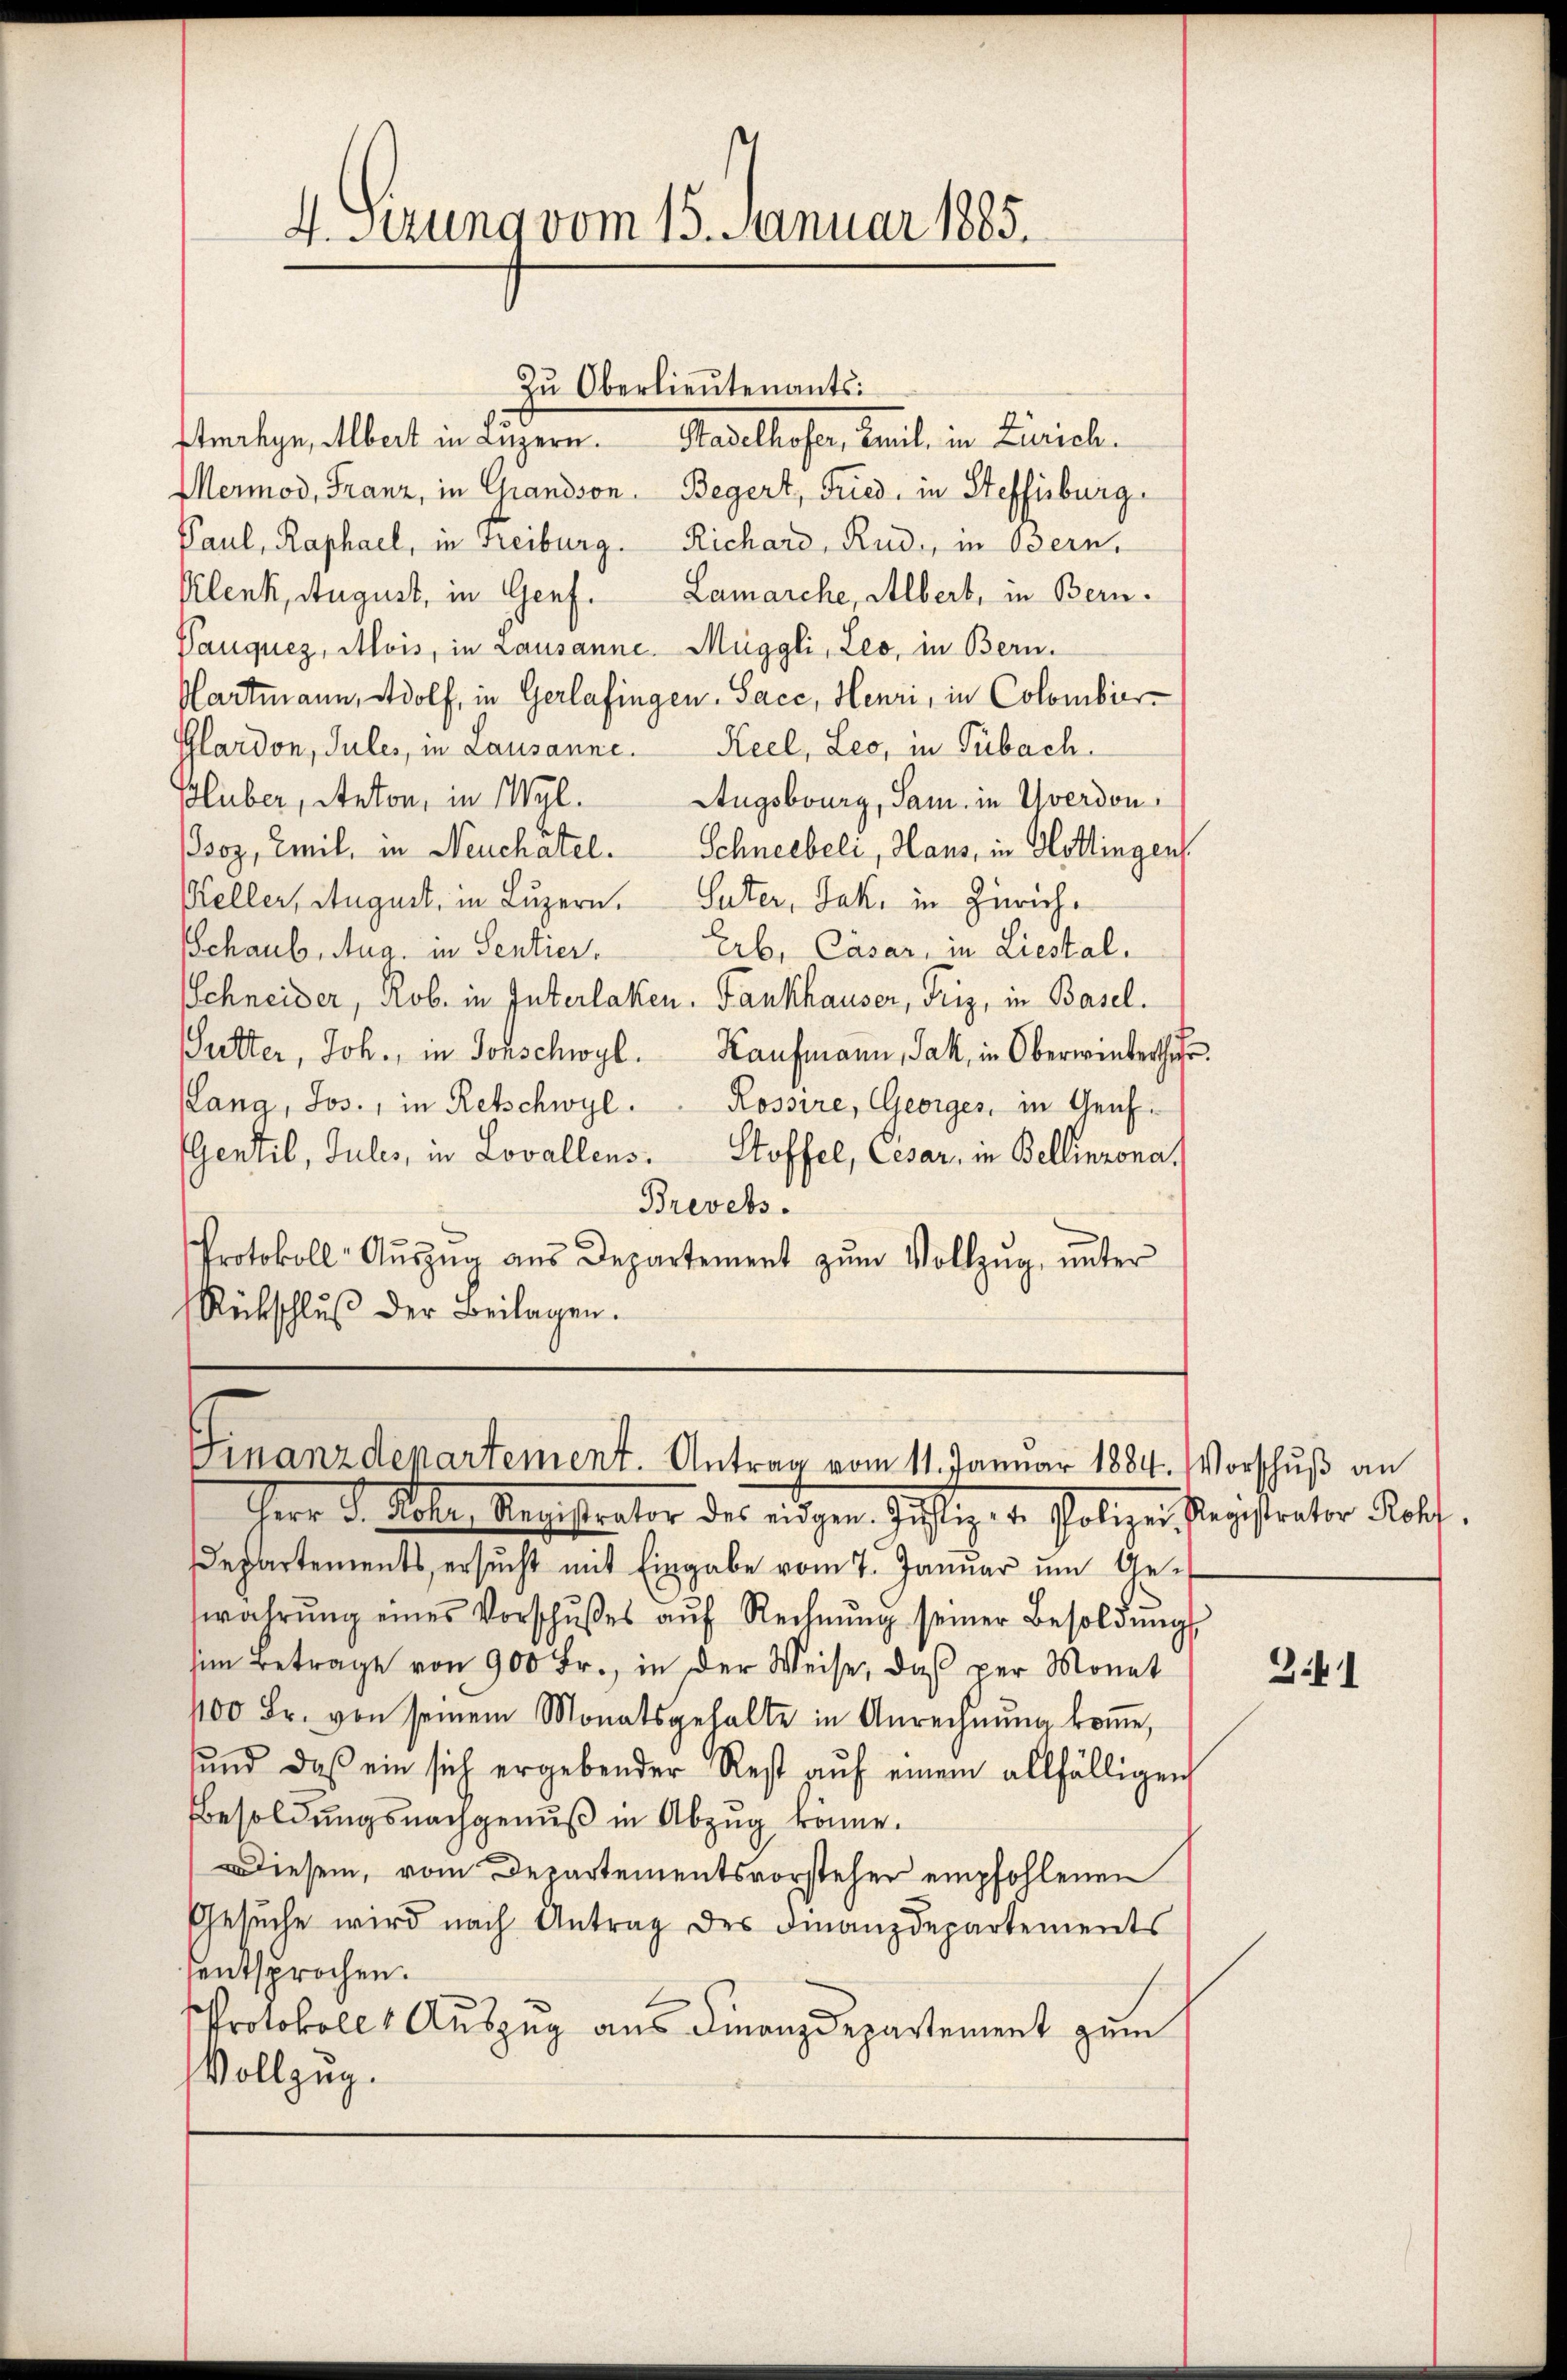
4. Sizung vom 15. Januar 1885.

Zu Oberlieutenants:

Etmrhyn, Albert in Luzern.
Metallaster Zeit in Licitel
Mermod, Franz, in Grandson. Begert, Fried, in Steffisburg
Paul, Raphael, in Freiburg. Richard, Rud., in Osern.
Klenk, August, in Genf. Lamarche, Albert, in Bern.
Pauquez, Alois, in Lausanne. Muggli, Leo, in Bern.
Hartmann, Adolf, in Gerlafingen Sace, Henri, in Colombier
Plardon, Sules, in Lausanne. Keel, Leo, in Pubach
Bluber, Anton, in Wyl.
Augsbourg, Sam. in Yverdon
soz, Emil, in Neuchâtel. Schneebeli, Haus, in Hottingen.
Keller, August, in Luzern. Suter, Jak. in Zürich¬
Schaub. Aug. in Sentier.
Erb, Cäsar, in Liestal.
Schneider, Rob. in Interlaken. Fankhauser, Friz, in Basel.
Gutter, Joh., in Forschwyl. Kaufmann, Jak, in Oberwinterthur.
Lang, Jos., in Retschwyl.
Rossire, Georges, in Genf.
Gentil, Julis, in Lovallens. Stoffel, Cesar, in Bellinzona,
Brevets.
Protokoll-Aŭszŭg aŭs Departement zŭm Vollzŭg, ŭnter
Rückschluß der Beilagen.

Finanzdepartement. Antrag vom 11. Januar 1884. Vorschuß an

Herr D. Keller Magistrator des eigen. Schlag, d. Polizei Magistrator Hoff
departements ersucht mit Eingabe vom 7. Januar um Ge-
wahrŭng eines Vorschŭβes aŭf Rechnŭng seiner Besoldŭngs
sim Betrage von 900 Fr., in der Weise, daß per Monat
1100 Fr. von seinem Monatsgehalte in Anrechnŭng koṁe,
sund daß ein sich ergebender Rest aŭf einem allfälligen
Besoldŭngsnachgenŭβ in Abzug könne.
Diesem, vom Departementsvorsteher empfohlenen
Gesŭche wird nach Antrag des Finanzdepartements
sentsprochen.
Protokoll Auszug aus Finanzdepartement zum
Vollzug.

341